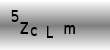
Text: 5ZcLm